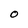
Character: O